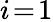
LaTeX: i\! =\! 1